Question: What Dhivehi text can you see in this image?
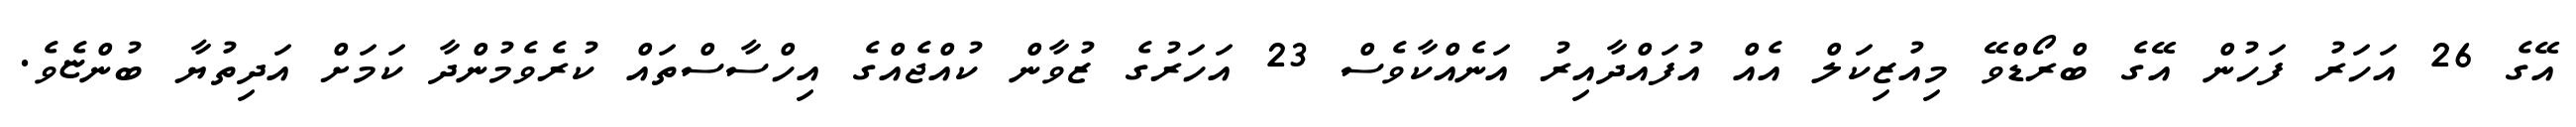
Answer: އޭގެ 26 އަހަރު ފަހުން އޭގެ ބްރޯޑްވޭ މިއުޒިކަލް އެއް އުފައްދާއިރު އަނެއްކާވެސް 23 އަހަރުގެ ޒުވާން ކުއްޖެއްގެ އިހްސާސްތައް ކުރެވެމުންދާ ކަމަށް އަދިތުޔާ ބުންޏެވެ.